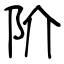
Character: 阶